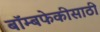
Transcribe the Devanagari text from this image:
बॉम्बफेकीसाठी